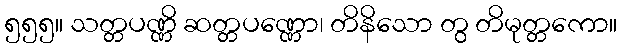
၅၅၅။ သတ္တပဏ္ဏိ ဆတ္တပဏ္ဏော၊ တိနိသော တွ တိမုတ္တကော။